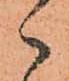
々